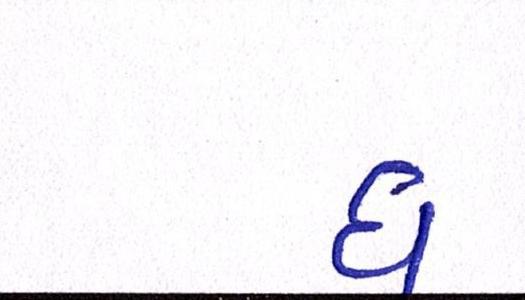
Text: ધ